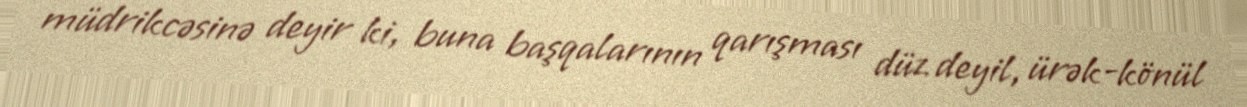
müdrikcəsinə deyir ki, buna başqalarının qarışması düz deyil, ürək-könül